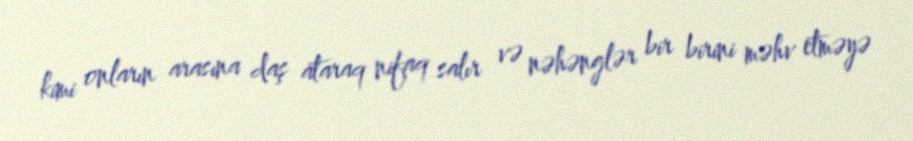
kimi onların arasına daş ataraq nifaq salır və nəhənglər bir birini məhv etməyə